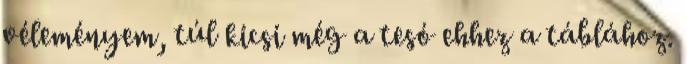
véleményem, túl kicsi még a tesó ehhez a táblához.